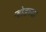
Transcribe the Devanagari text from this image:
ऱ्होडच्या